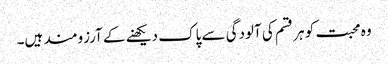
وہ محبت کو ہر قسم کی آلودگی سے پاک دیکھنے کے آرزومند ہیں۔